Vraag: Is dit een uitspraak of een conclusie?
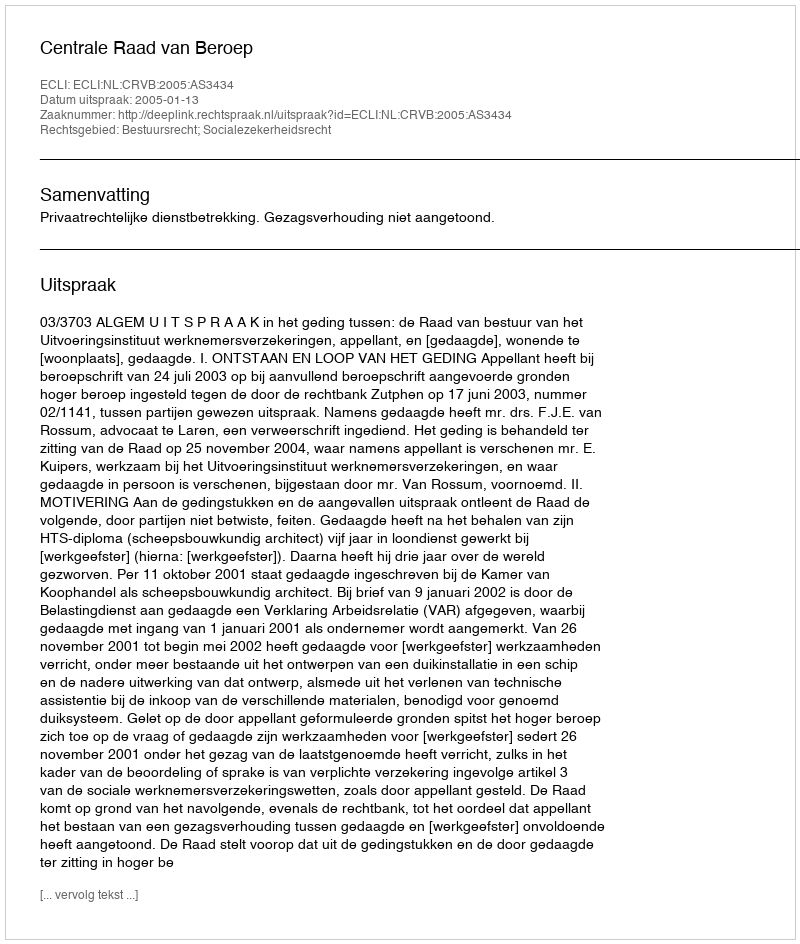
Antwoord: Uitspraak